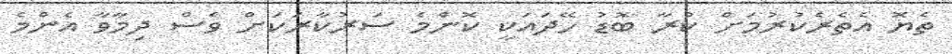
ތެޔޮ އެތެރެކުރުމަށް ކުރާ ބޮޑު ހޭދައަކީ ކޮންމެ ސަރުކާރަކަށް ވެސް ދިމާވާ އެންމެ